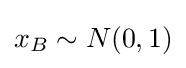
x_{B}\sim N(0,1)